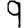
Digit: 9